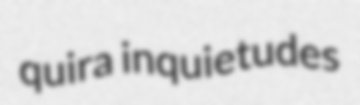
quira inquietudes